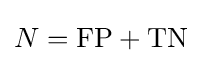
N=\mathrm {FP} +\mathrm {TN}